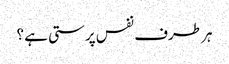
ہر طرف نفس پرستی ہے ؟